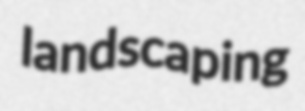
landscaping